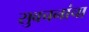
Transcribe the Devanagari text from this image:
सुवचनांचा